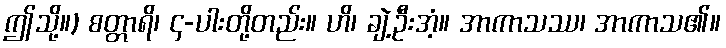
ဤသို့။) စတ္တာရိ၊ ၄-ပါးတို့တည်း။ ဟိ၊ ချဲ့ဦးအံ့။ အာကာသဿ၊ အာကာသ၏။